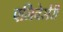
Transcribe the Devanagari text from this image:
एनिवेर्सरी